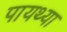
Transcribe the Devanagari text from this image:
पायथ्या